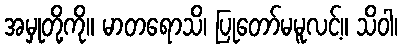
အမှုတို့ကို။ မာတရောသိ၊ ပြုတော်မမူလင့်။ သိဝါ၊